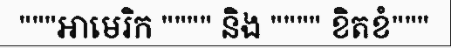
"""អាមេរិក """" និង """" ខិតខំ"""